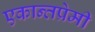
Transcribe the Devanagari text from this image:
एकान्तप्रेमी